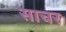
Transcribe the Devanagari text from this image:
साचर